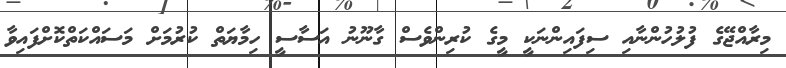
މިރާއްޖޭގެ ފުލުހުންނާއި ސިފައިންނަކީ މީގެ ކުރިންވެސް ގާނޫނު އަސާސީ ހިމާޔަތް ކުރުމަށް މަސައްކަތްކޮށްފައިވާ